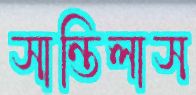
সান্তিলাস